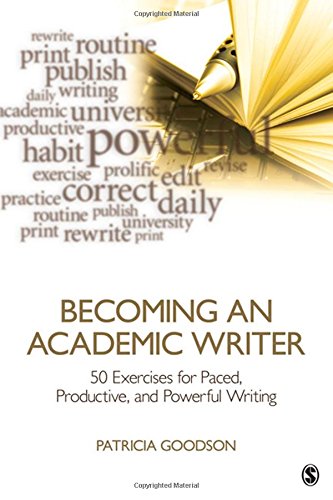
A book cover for Becoming an Academic Writer: 50 Exercises for Paced, Productive, and Powerful Writing; Patricia Goodson; Politics & Social Sciences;